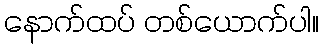
နောက်ထပ် တစ်ယောက်ပါ။